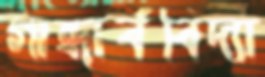
গান্ধার্ববিদ্যা